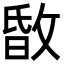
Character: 𢽹